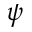
\psi